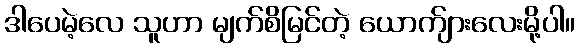
ဒါပေမဲ့လေ သူဟာ မျက်စိမြင်တဲ့ ယောက်ျားလေးမို့ပါ။